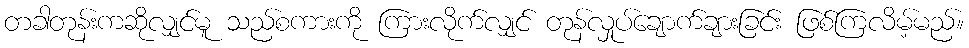
တခါတုန်းကဆိုလျှင်မူ သည်စကားကို ကြားလိုက်လျှင် တုန်လှုပ်ချောက်ချားခြင်း ဖြစ်ကြလိမ့်မည်။